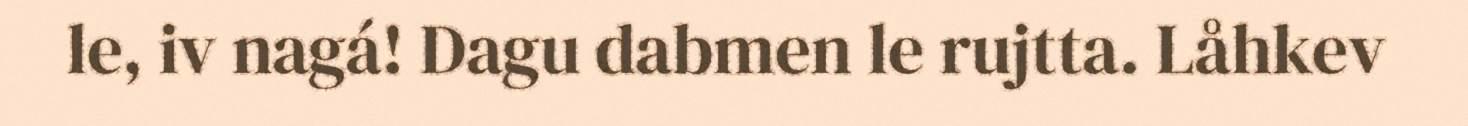
le, iv nagá! Dagu dabmen le rujtta. Låhkev